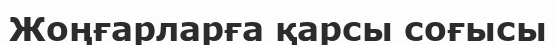
Жоңғарларға қарсы соғысы